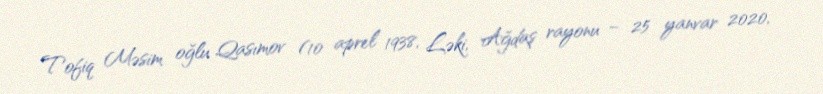
Tofiq Məsim oğlu Qasımov (10 aprel 1938, Ləki, Ağdaş rayonu – 25 yanvar 2020,